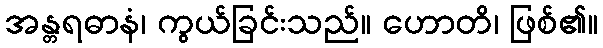
အန္တရဓာနံ၊ ကွယ်ခြင်းသည်။ ဟောတိ၊ ဖြစ်၏။